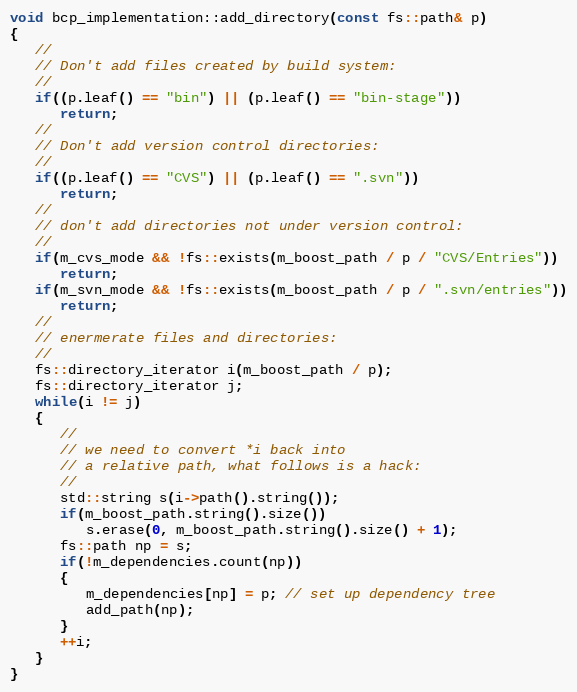
Language: C++
void bcp_implementation::add_directory(const fs::path& p)
{
   //
   // Don't add files created by build system:
   //
   if((p.leaf() == "bin") || (p.leaf() == "bin-stage"))
      return;
   //
   // Don't add version control directories:
   //
   if((p.leaf() == "CVS") || (p.leaf() == ".svn"))
      return;
   //
   // don't add directories not under version control:
   //
   if(m_cvs_mode && !fs::exists(m_boost_path / p / "CVS/Entries"))
      return;
   if(m_svn_mode && !fs::exists(m_boost_path / p / ".svn/entries"))
      return;
   //
   // enermerate files and directories:
   //
   fs::directory_iterator i(m_boost_path / p);
   fs::directory_iterator j;
   while(i != j)
   {
      //
      // we need to convert *i back into
      // a relative path, what follows is a hack:
      //
      std::string s(i->path().string());
      if(m_boost_path.string().size())
         s.erase(0, m_boost_path.string().size() + 1);
      fs::path np = s;
      if(!m_dependencies.count(np))
      {
         m_dependencies[np] = p; // set up dependency tree
         add_path(np);
      }
      ++i;
   }
}